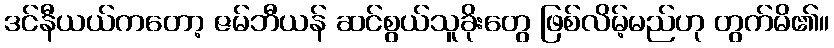
ဒင်နီယယ်ကတော့ ဇမ်ဘီယန် ဆင်စွယ်သူခိုးတွေ ဖြစ်လိမ့်မည်ဟု တွက်မိ၏။